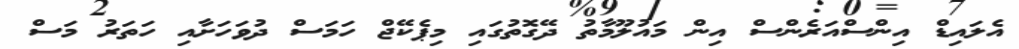
އެލައިޑް އިންސްއަރެންސް އިން މައުލޫމާތު ދޭގޮތުގައި މިޕެކޭޖް ހަމަސް ދުވަހަށާއި ހަތަރު މަސް